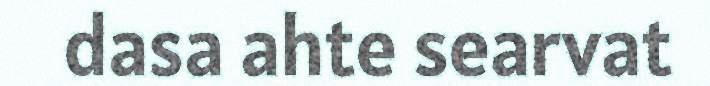
dasa ahte searvat